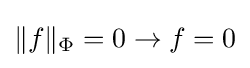
\|f\|_{\Phi }=0\to f=0